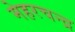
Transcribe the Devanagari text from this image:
मेहरचन्द्र